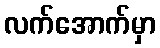
လက်အောက်မှာ